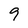
Character: 9